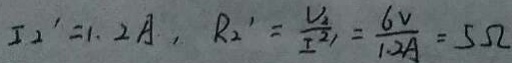
I _ { 2 } ^ { \prime } = 1 . 2 A , R _ { 2 } ^ { \prime } = \frac { V _ { 2 } } { I ^ { 2 ^ { \prime } } } = \frac { 6 V } { 1 . 2 A } = 5 \Omega